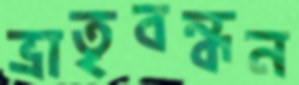
ভ্রাতৃবন্ধন